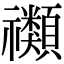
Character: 禷